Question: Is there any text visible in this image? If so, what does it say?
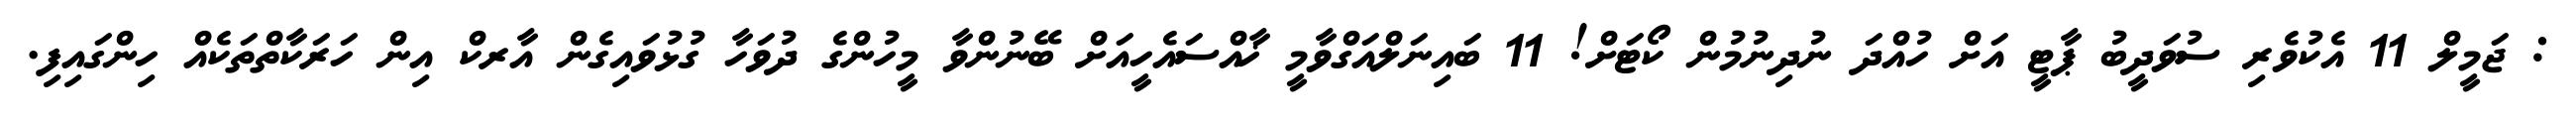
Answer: : ޖަމީލް 11 އެކުވެރި ސުވަދީބު ޕާޓީ އަށް ހުއްދަ ނުދިނުމުން ކޯޓަށް! 11 ބައިނަލްއަގްވާމީ ޚާއްސައެހީއަށް ބޭނުންވާ މީހުންގެ ދުވަހާ ގުޅުވައިގެން އާރކް އިން ހަރަކާތްތަކެއް ހިންގައިފި.